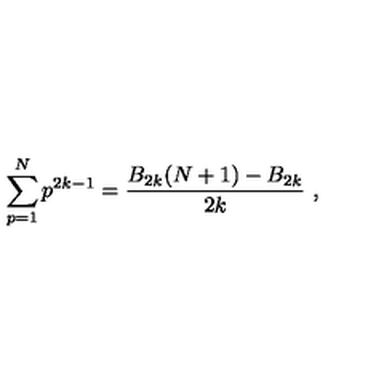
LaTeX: \sum _ { p = 1 } ^ { N } p ^ { 2 k - 1 } = { \frac { B _ { 2 k } ( N + 1 ) - B _ { 2 k } } { 2 k } } \ ,